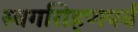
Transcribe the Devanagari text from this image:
स्वर्गारोहणपर्व